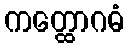
ကတ္ထောဂဓံ